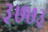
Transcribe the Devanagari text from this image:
३७७३